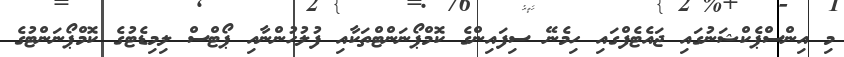
މި އިންސްޕެކްޝަނުގައި ޖައެޓެފްގައި ހިމެނޭ ސިފައިންގެ ކޮމްޕޯނަންޓްތަކާއި ފުލުހުންނާއި ޕޯޓްސް ލިމިޑެޓުގެ ކޮމްޕޯނަންޓުގެ